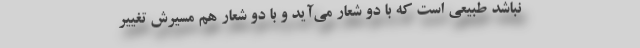
نباشد طبیعی است که با دو شعار می‌آید و با دو شعار هم مسیرش تغییر